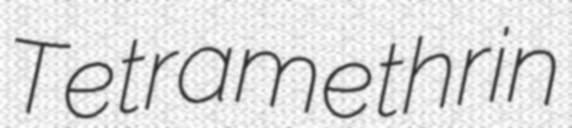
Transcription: Tetramethrin